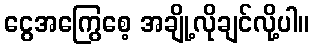
ငွေအကြွေစေ့ အချို့လိုချင်လို့ပါ။